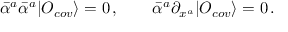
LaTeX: \bar { \alpha } ^ { a } \bar { \alpha } ^ { a } | { \cal O } _ { c o v } \rangle = 0 \, , \qquad \bar { \alpha } ^ { a } \partial _ { x ^ { a } } | { \cal O } _ { c o v } \rangle = 0 \, .